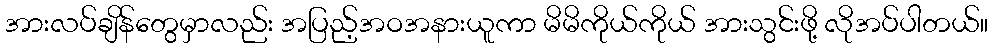
အားလပ်ချိန်တွေမှာလည်း အပြည့်အဝအနားယူကာ မိမိကိုယ်ကိုယ် အားသွင်းဖို့ လိုအပ်ပါတယ်။